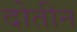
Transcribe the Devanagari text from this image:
दोतीन